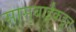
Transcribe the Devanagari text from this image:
सासुबाईंकडून